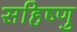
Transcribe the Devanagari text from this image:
सहिष्‍णु